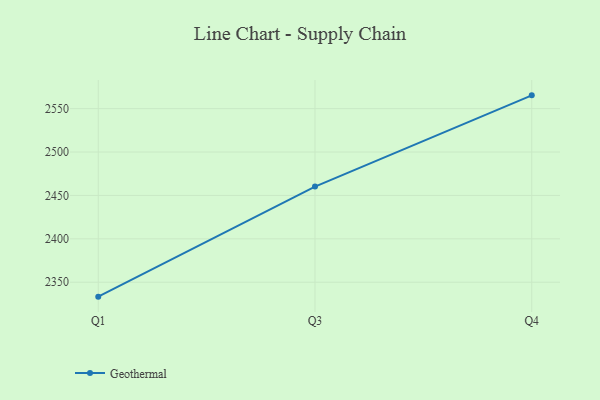
{"axis": {"x": "Quarter", "y": "Production Output"}, "legend": ["Geothermal"], "data": [{"x": "Q1", "y": 2333.4, "type": "Geothermal"}, {"x": "Q3", "y": 2460.2, "type": "Geothermal"}, {"x": "Q4", "y": 2565.3, "type": "Geothermal"}]}